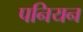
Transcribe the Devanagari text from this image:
पनियन